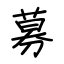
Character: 募